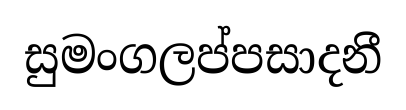
සුමංගලප්පසාදනී